Plague in India, 1896, 1897 - Volume 3
Year: 1896
Disease focus: Plague
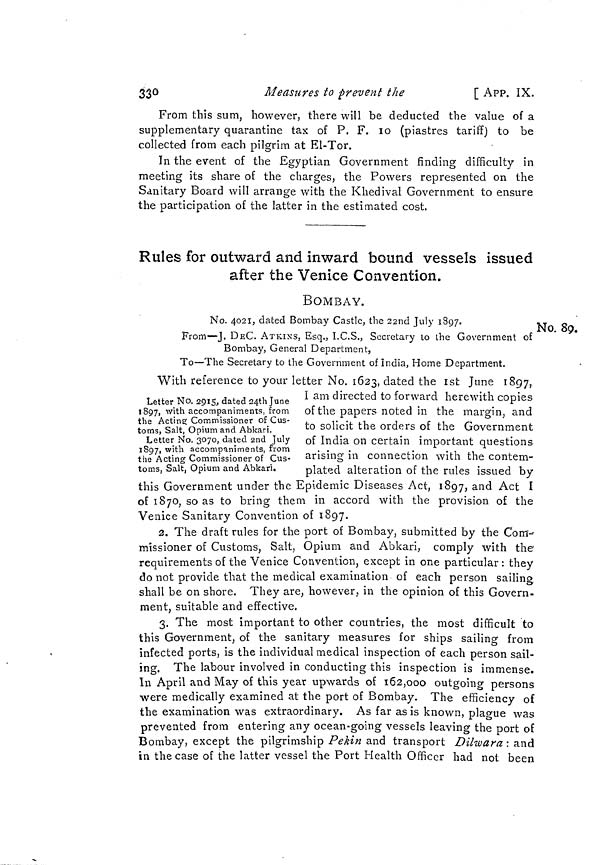
33°
Measures to prevent the
[ APP. IX.
From this sum, however, there will be deducted the value of a
supplementary quarantine tax of P. F. 10 (piastres tariff) to be
collected from each pilgrim at El-Tor.
In the event of the Egyptian Government finding difficulty in
meeting its share of the charges, the Powers represented on the
Sanitary Board will arrange with the Khedival Government to ensure
the participation of the latter in the estimated cost.
Rules for outward and inward bound vessels issued
after the Venice Convention.
BOMBAY.
No. 89.
No. 4021, dated Bombay Castle, the 22nd July 1897.
From—J. DEC. ATKINS, Esq., I.C.S., Secretary to the Government of
Bombay, General Department,
To—The Secretary to the Government of India, Home Department.
Letter No. 2915, dated 24th June
1897, with accompaniments, from
the Acting Commissioner of Cus-
toms, Salt, Opium and Abkari.
Letter No. 3070, dated 2nd July
1897, with accompaniments, from
the Acting Commissioner of Cus-
toms, Salt, Opium and Abkari.
With reference to your letter No. 1623, dated the ist June 1897,
I am directed to forward herewith copies
of the papers noted in the margin, and
to solicit the orders of the Government
of India on certain important questions
arising in connection with the contem-
plated alteration of the rules issued by
this Government under the Epidemic Diseases Act, 1897, and Act I
of 1870, so as to bring them in accord with the provision of the
Venice Sanitary Convention of 1897.
2. The draft rules for the port of Bombay, submitted by the Com-
missioner of Customs, Salt, Opium and Abkari, comply with the
requirements of the Venice Convention, except in one particular : they
do not provide that the medical examination of each person sailing
shall be on shore. They are, however, in the opinion of this Govern-
ment, suitable and effective.
3. The most important to other countries, the most difficult to
this Government, of the sanitary measures for ships sailing from
infected ports, is the individual medical inspection of each person sail-
ing. The labour involved in conducting this inspection is immense.
In April and May of this year upwards of 162,000 outgoing persons
were medically examined at the port of Bombay. The efficiency of
the examination was extraordinary. As far as is known, plague was
prevented from entering any ocean-going vessels leaving the port of
Bombay, except the pilgrimship Pékin and transport Dilwara : and
in the case of the latter vessel the Port Health Officer had not been